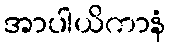
အာပါယိကာနံ